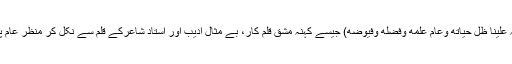
چہ جائیکہ مولانا نوراللہ نور قاسمی صاحب (دام اللہ علينا ظل حياته وعام علمه وفضله وفيوضه) جیسے کہنہ مشق قلم کار، بے مثال ادیب اور استاد شاعرکے قلم سے نکل کر منظرِ عام پر آنا اس گُلدستے کی مقبولیت کی اک اور دلیل ہے ۔